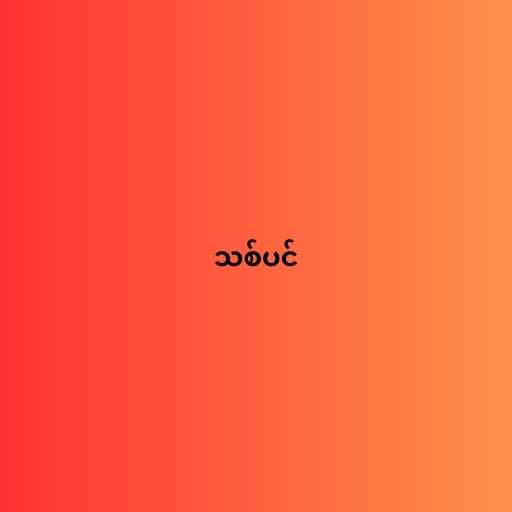
သစ်ပင်